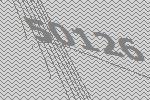
50126